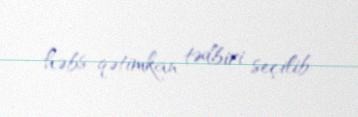
həbs-qətimkan tədbiri seçilib.